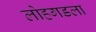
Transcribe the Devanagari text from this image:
लोहगडला